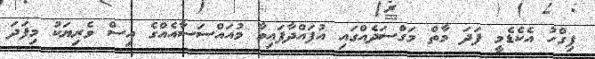
ފިގްހު އެކެޑެމީ ފަދަ މާތް މަގްސަދެއްގައި އުފައްދާފައިވާ މުއައްސަސާއެއްގެ އިސް ވެރިޔަކު މިފަދަ